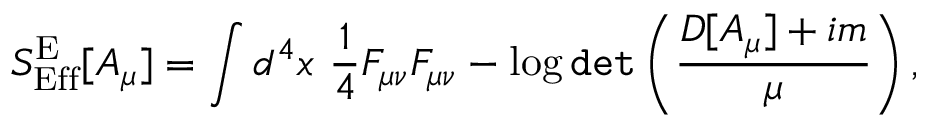
{ \cal S } _ { \mathrm { E f f } } ^ { \mathrm { E } } [ A _ { \mu } ] = \int d ^ { 4 } x \ \frac { 1 } { 4 } F _ { \mu \nu } F _ { \mu \nu } - \log { \tt d e t } \left( \frac { D [ A _ { \mu } ] + i m } { \mu } \right) ,